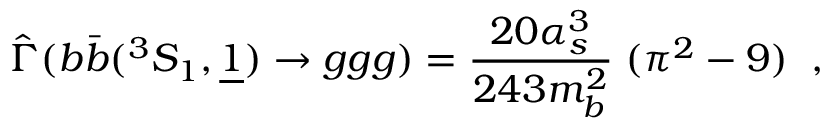
\hat { \Gamma } ( b \bar { b } ( ^ { 3 } S _ { 1 } , \underline { { { 1 } } } ) \to g g g ) = \frac { 2 0 \alpha _ { s } ^ { 3 } } { 2 4 3 m _ { b } ^ { 2 } } \; ( \pi ^ { 2 } - 9 ) \; \; ,